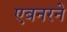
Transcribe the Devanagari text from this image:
एबनरने